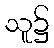
သူ၌